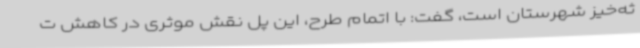
ثه‌خیز شهرستان است، گفت: با اتمام طرح، این پل نقش موثری در کاهش ت